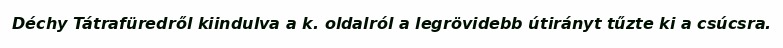
Déchy Tátrafüredről kiindulva a k. oldalról a legrövidebb útirányt tűzte ki a csúcsra.